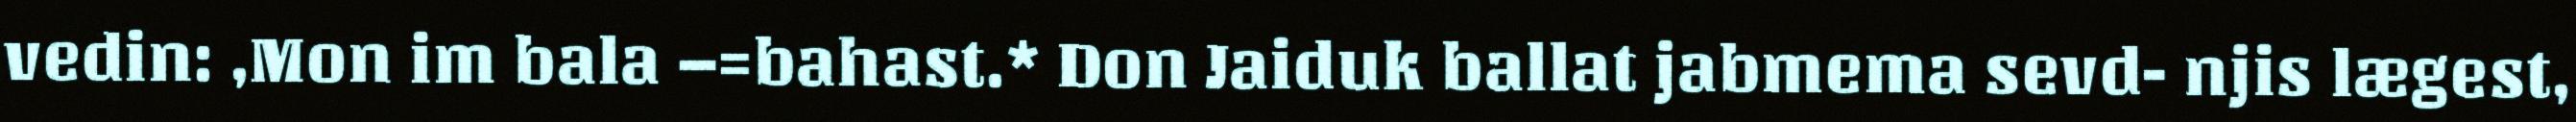
vedin: ,Mon im bala –=bahast.* Don Jaiduk ballat jabmema sevd- njis lægest,